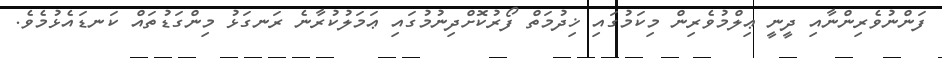
ފަންނުވެރިންނާއި ދީނީ ޢިލްމުވެރިން މިކަމުގައި ޚިދުމަތް ފޯރުކޮށްދިނުމުގައި ޢަމަލުކުރާނެ ރަނގަޅު މިންގަޑުތައް ކަނޑައެޅުމެވެ.